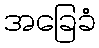
အခြေခံ